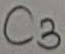
Text: C3